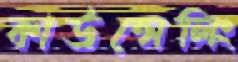
কাউন্সেলিং